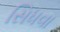
સિધવા